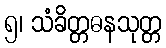
၅၊ သံခိတ္တဓနသုတ္တ